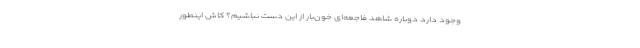
وجود دارد دوباره شاهد فاجعه‌ای خون‌بار از این دست نباشیم؟ کاش اینطور